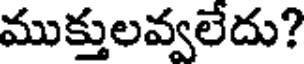
ముక్తులవ్వలేదు?